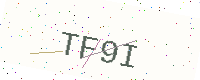
Text: TF9I